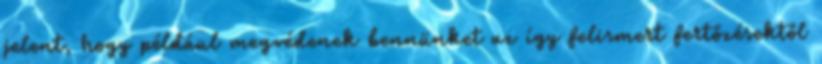
jelent, hogy például megvédenek bennünket az így felismert fertőzésektől